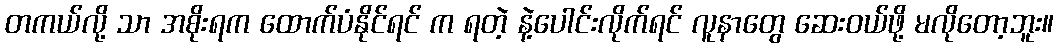
တကယ်လို့ သာ အစိုးရက ထောက်ပံနိုင်ရင် က ရတဲ့ နဲ့ပေါင်းလိုက်ရင် လူနာတွေ ဆေးဝယ်ဖို့ မလိုတော့ဘူး။